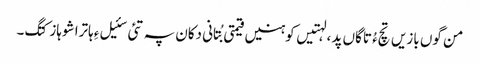
من گوں بازیں تچءُ تاگاں پد ، لہتیں کوہنیں قیمتی بُتانی دکان پہ تئی سئیل ءِ ہاترا شوہاز کتگ۔